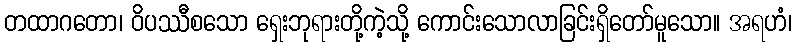
တထာဂတော၊ ဝိပဿီစသော ရှေးဘုရားတို့ကဲ့သို့ ကောင်းသောလာခြင်းရှိတော်မူသော။ အရဟံ၊